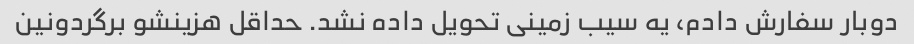
دوبار سفارش دادم، یه سیب زمینی تحویل داده نشد. حداقل هزینشو برگردونین